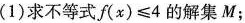
(1)求不等式f(x)≤4的解集M；